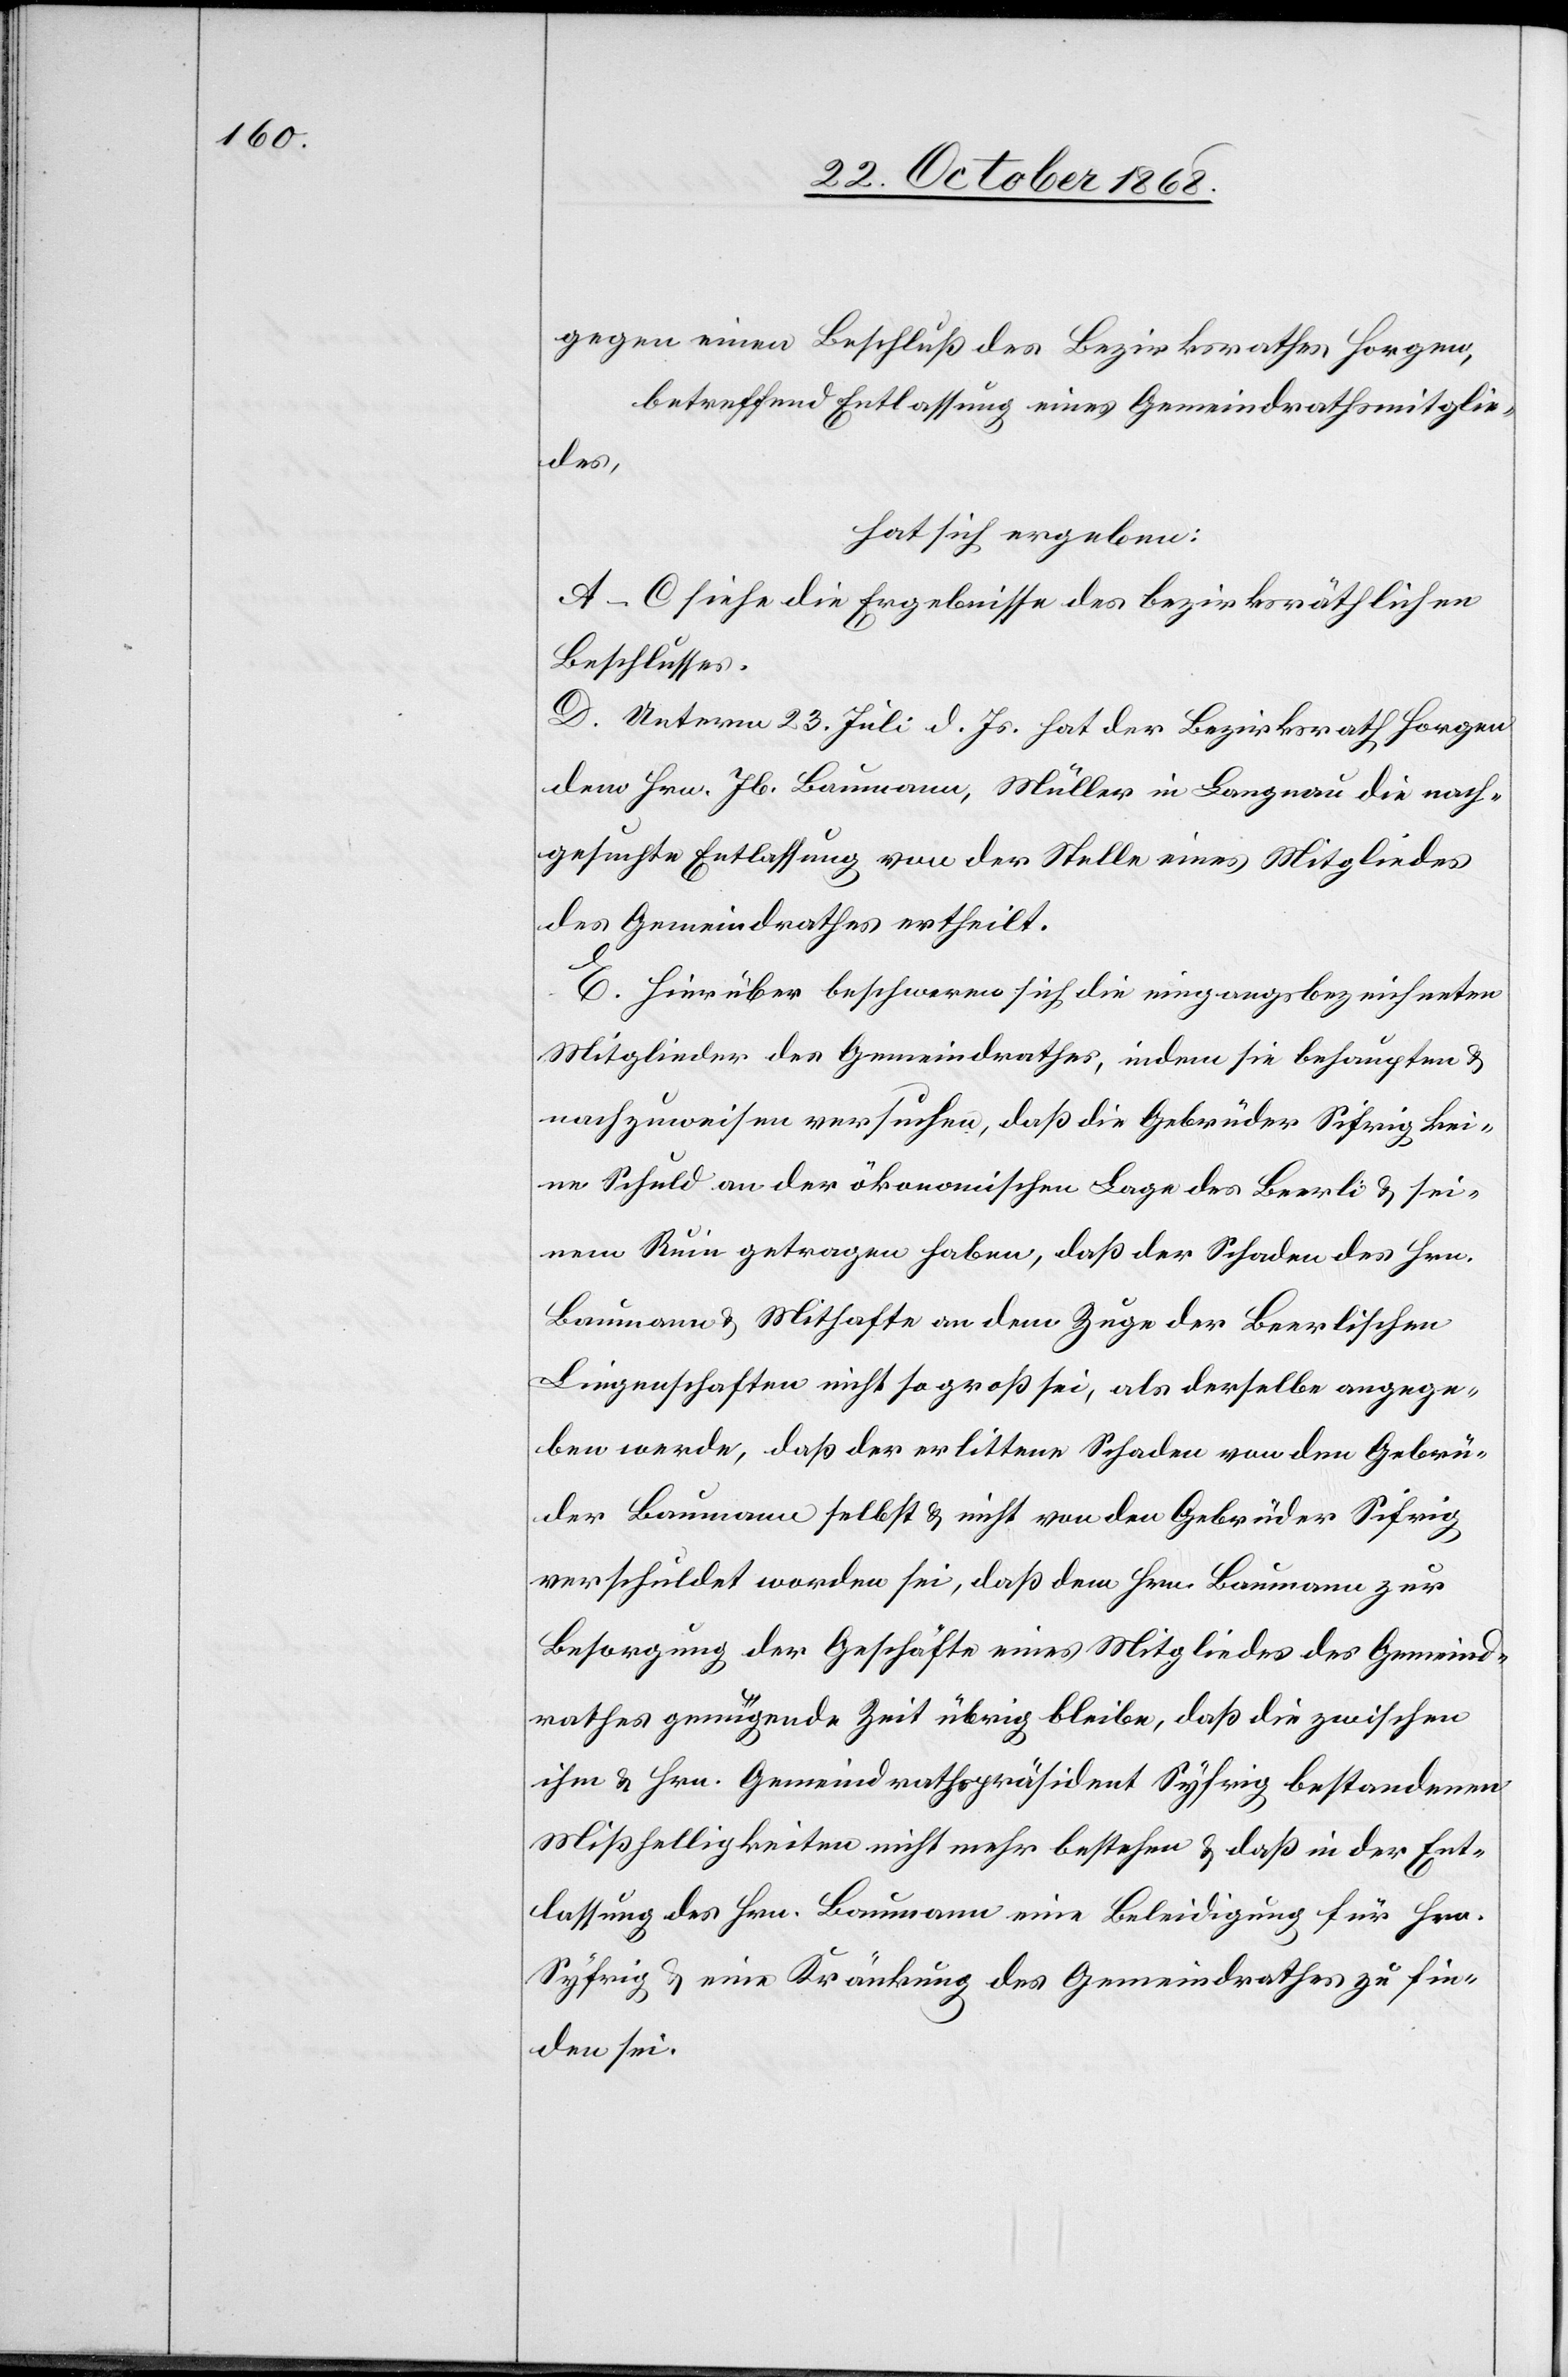
gegen einen Beschluß des Bezirksrathes Horgen,
betreffend Entlassung eines Gemeindrathsmitglie¬
des,
hat sich ergeben:
A–C siehe die Ergebnisse des bezirksräthlichen
Beschlusses.
D. Unterm 23. Juli d. Js. hat der Bezirksrath Horgen
dem Hrn. Jb. Baumann, Müller in Langnau die nach¬
gesuchte Entlassung von der Stelle eines Mitgliedes
des Gemeindrathes ertheilt.
E. Hierüber beschweren sich die eingangsbezeichneten
Mitglieder des Gemeindrathes, indem sie behaupten &
nachzuweisen versuchen, daß die Gebrüder Sifrig [sic!]
keine Schuld an der ökonomischen Lage des Beerli & sei¬
nem Ruin getragen haben, daß der Schaden des Hrn.
Baumann & Mithafte an dem Zuge der Beerlischen
Liegenschaften nicht so groß sei, als derselbe angege¬
ben werde, daß der erlittene Schaden von den Gebrü¬
der Baumann selbst & nicht von den Gebrüder Sifrig
verschuldet worden sei, daß dem Hrn. Baumann zur
Besorgung der Geschäfte eines Mitgliedes des Gemeind¬
rathes genügende Zeit übrig bleibe, daß die zwischen
ihm & Hrn. Gemeindrathspräsident Syfrig bestandenen
Mißhelligkeiten nicht mehr bestehen & daß in der Ent¬
lassung des Hrn. Baumann eine Beleidigung für Hrn.
Syfrig & eine Kränkung des Gemeindrathes zu fin¬
den sei.